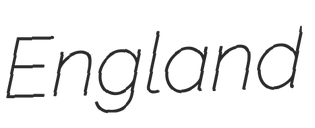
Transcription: England